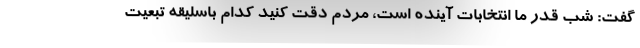
گفت: شب قدر ما انتخابات آینده است، مردم دقت کنید کدام باسلیقه تبعیت